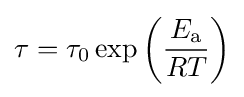
\tau =\tau _{0}\exp \left({\frac {E_{\mathrm {a} }}{RT}}\right)